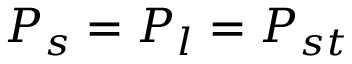
P _ { s } = P _ { l } = P _ { s t }